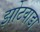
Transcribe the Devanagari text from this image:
झोटवाडा